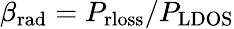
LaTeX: \beta_{\mathrm{rad}}=P_{\mathrm{rloss}}/P_{\mathrm{LDOS}}